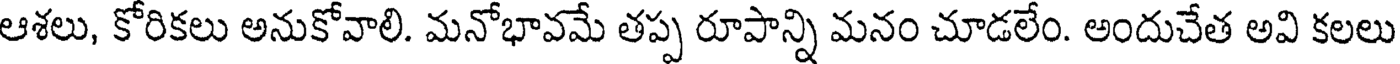
ఆశలు, కోరికలు అనుకోవాలి. మనోభావమే తప్ప రూపాన్ని మనం చూడలేం. అందుచేత అవి కలలు